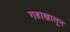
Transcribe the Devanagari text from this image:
गडाखालून